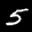
Label: 5